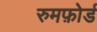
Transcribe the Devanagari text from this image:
रुमफ़ोर्ड